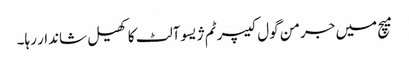
میچ میں جرمن گول کیپر ٹم ژیسوآلٹ کا کھیل شاندار رہا۔